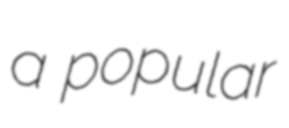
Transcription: a popular